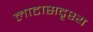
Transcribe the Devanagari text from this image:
लाटासदृश्य